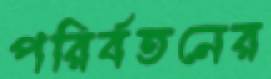
পরির্বতনের